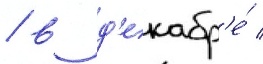
/ в д'екабр'е́ /